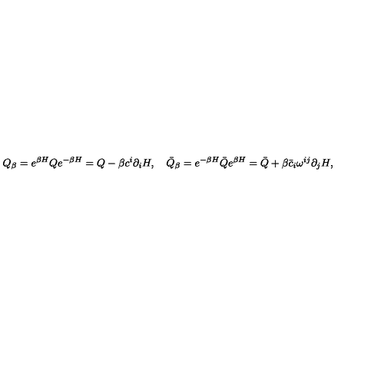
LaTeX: Q _ { \beta } = e ^ { \beta H } Q e ^ { - \beta H } = Q - \beta c ^ { i } \partial _ { i } H , \quad \bar { Q } _ { \beta } = e ^ { - \beta H } \bar { Q } e ^ { \beta H } = \bar { Q } + \beta \bar { c } _ { i } \omega ^ { i j } \partial _ { j } H ,